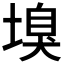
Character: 𡏣